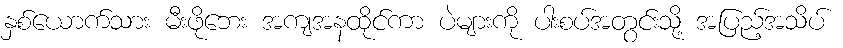
နှစ်ယောက်သား မီးဖိုဘေး အကျအနထိုင်ကာ ပဲများကို ပါးစပ်အတွင်းသို့ အပြည့်အသိပ်